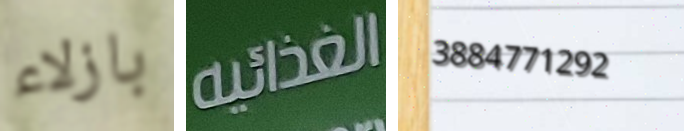
بازلاء الغذائية 3884771292